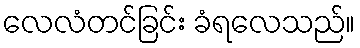
လေလံတင်ခြင်း ခံရလေသည်။